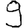
Digit: 9